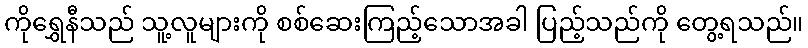
ကိုရွှေနီသည် သူ့လူများကို စစ်ဆေးကြည့်သောအခါ ပြည့်သည်ကို တွေ့ရသည်။